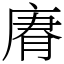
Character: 𢉼